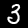
Digit: 3